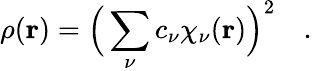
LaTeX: \rho(\mathbf{r})=\Big(\sum_{\nu}c_{\nu}\chi_{\nu}(\mathbf{r})\Big)^{2}\quad.